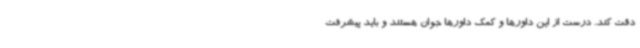
دقت کند. درست از این داورها و کمک داورها جوان هستند و باید پیشرفت